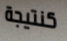
كنتيجة